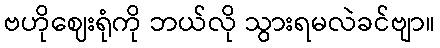
ဗဟိုဈေးရုံကို ဘယ်လို သွားရမလဲခင်ဗျာ။